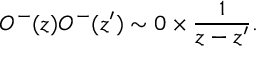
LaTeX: { \cal O } ^ { - } ( z ) { \cal O } ^ { - } ( z ^ { \prime } ) \sim 0 \times \frac { 1 } { z - z ^ { \prime } } .